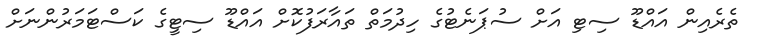
ތެރެއިން އައްޑޫ ސިޓި އަށް ސުޕަނެޓުގެ ހިދުމަތް ތައާރަފުކޮށް އައްޑޫ ސިޓީގެ ކަސްޓަމަރުންނަށް